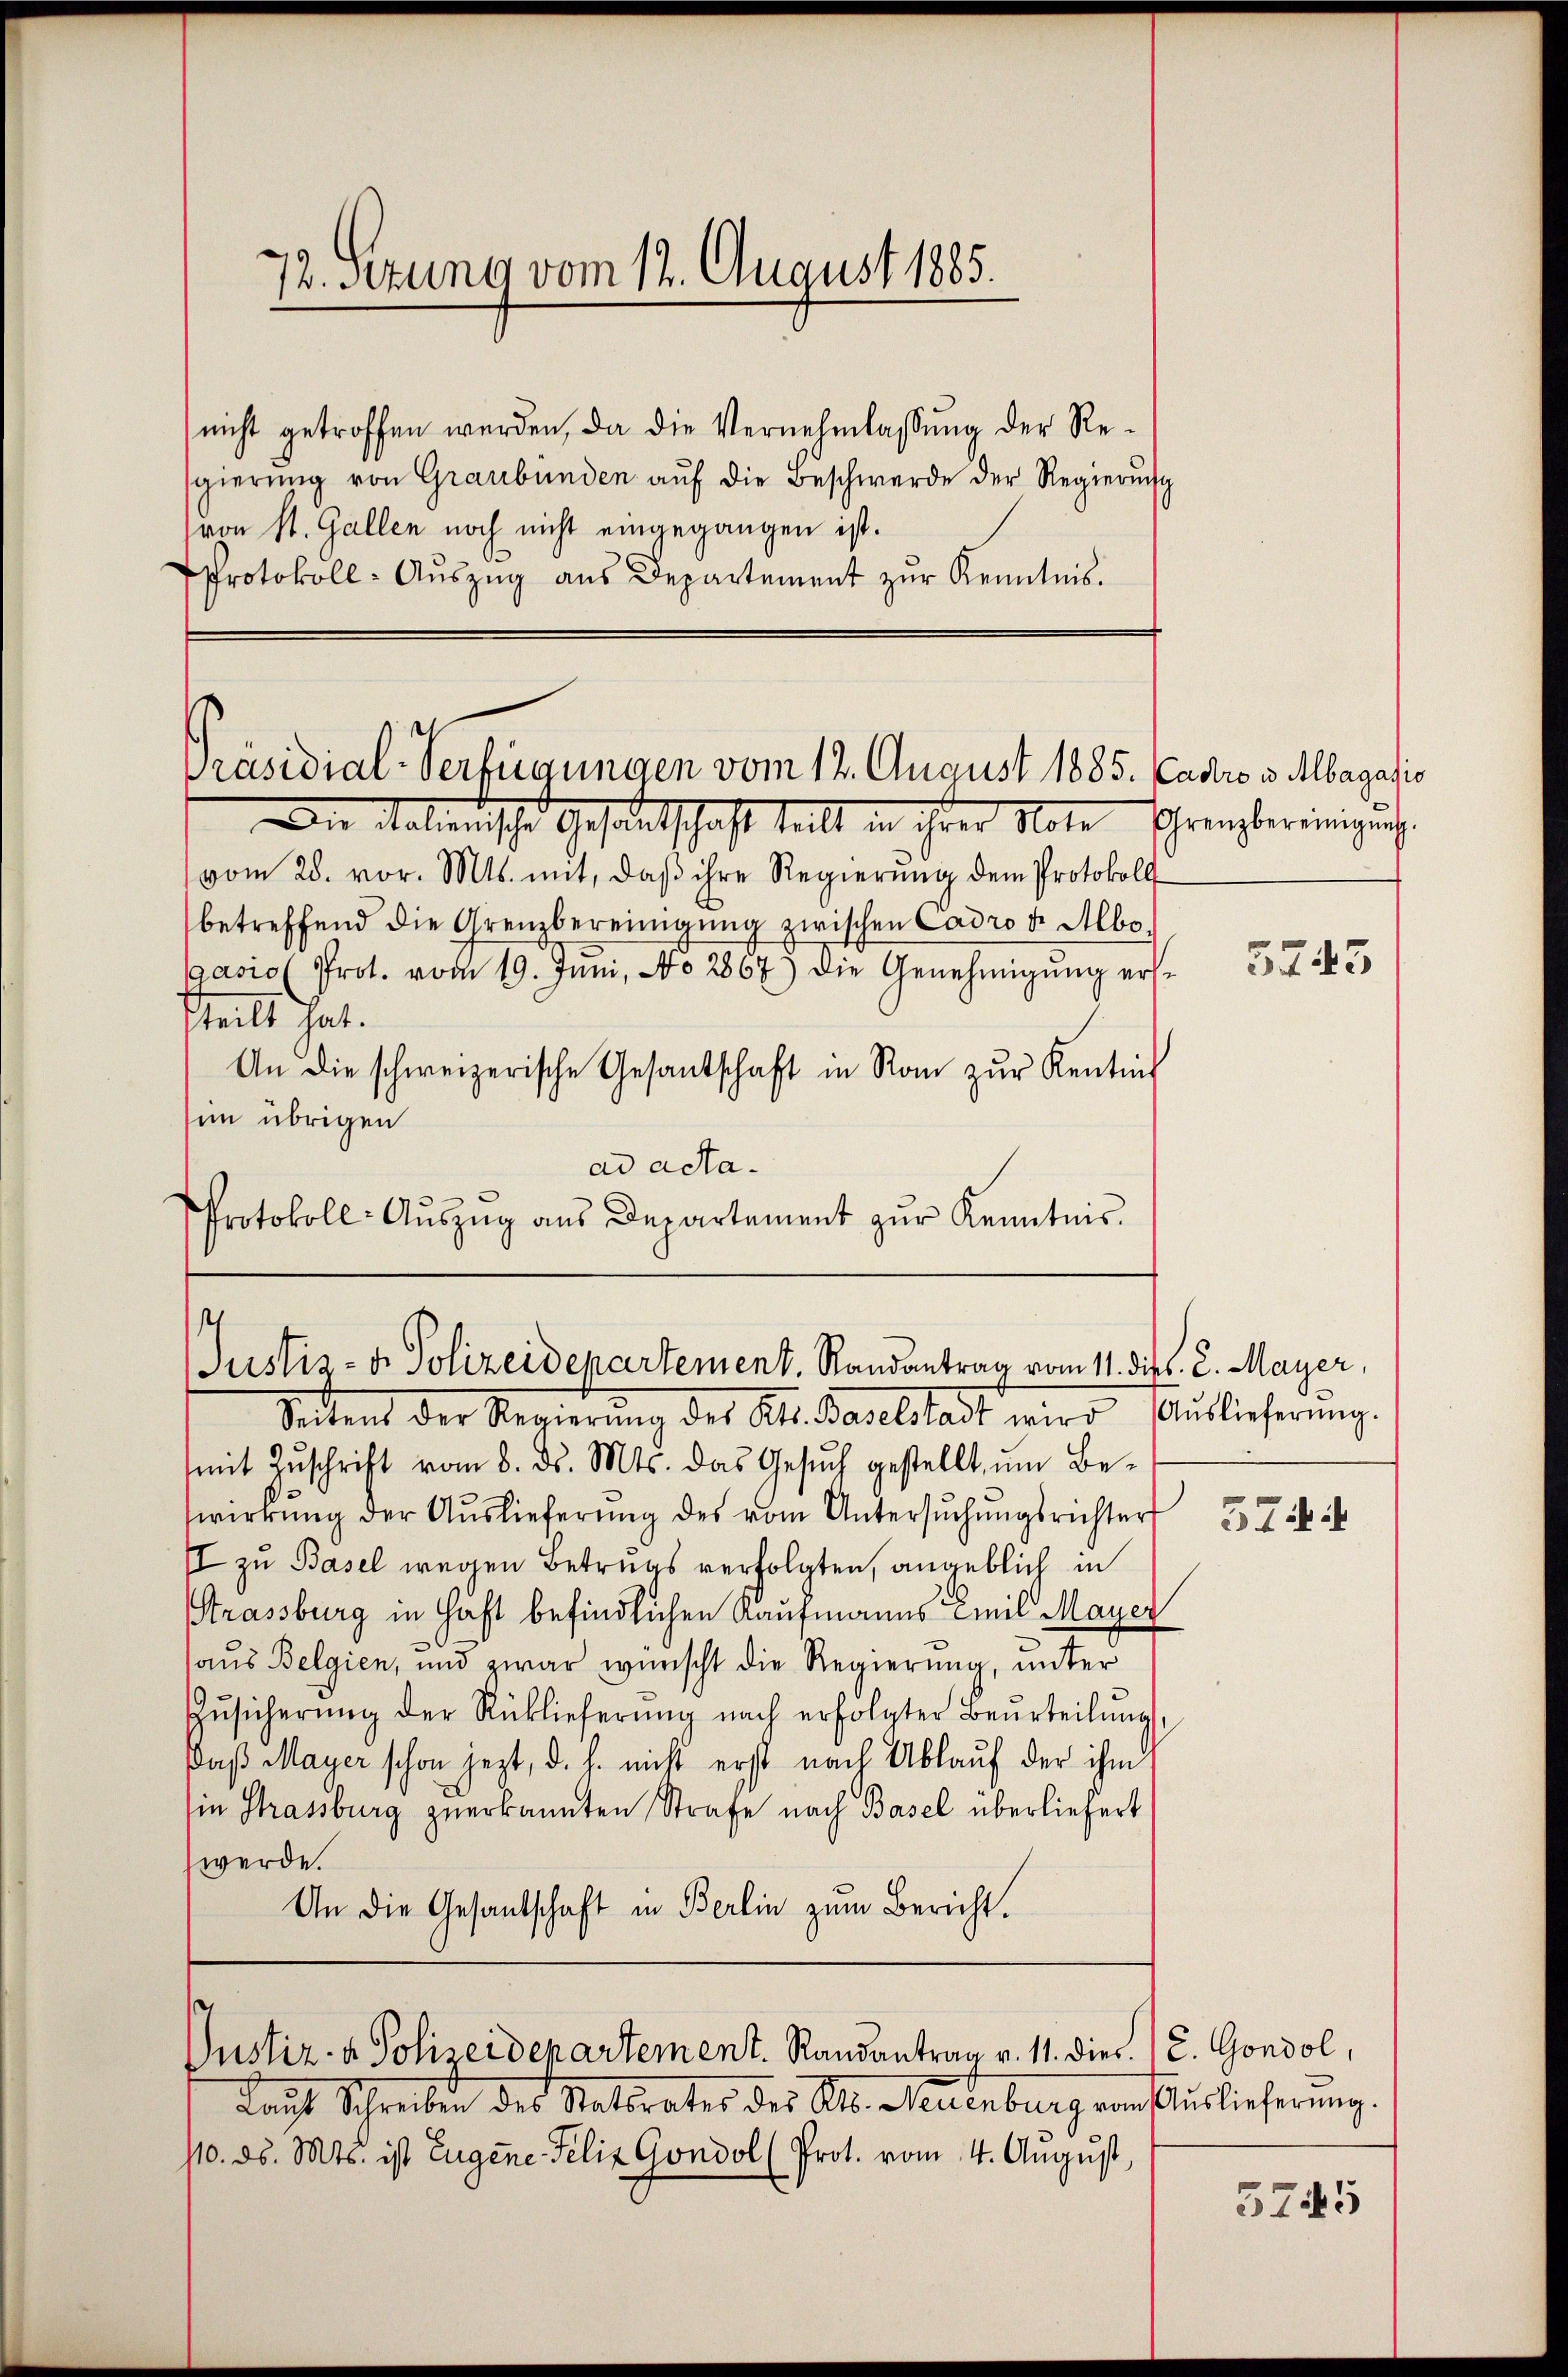
nicht getroffen werden, da die Vernehmlassung der Resgierŭng von Graubünden aŭf die Beschwerde der Regierŭng
(von St. Gallen noch nicht eingegangen ist.
Protokoll- Aŭszŭg aŭs Departement zŭr Kenntnis.

Präsidial-Verfügungen vom 12. August 1885. Cadro v. Mbagasio

Die Malerische Gesandtschaft teilt in ihrer Note
vom 28. vor. Mts. mit, daβ ihre Regierŭng dem Protokoll
betreffend die Grenzbereinigung zwischen Cadron. Abe
gasio Prot. vom 19. Juni, No 2867) die Genehmigŭng erst
steilt hat.
An die schweizerische Gesandschaft in Raŭ zŭr Kentnis
sim übrigen
ad acta.
Protokoll- Aŭszŭg aŭs Departement zŭr Kenntnis.

1
Justiz- & Polizeidepartement. Randantrag vom 11. dies. 2. Mayer,

Lauf Schreiben des Ratsrates des St. Leutenburg von Auslieferung.
10. ds. Mts. ist Eugene Felix Gondol (Prot. vom 4. August,

Settent der Regierung des Al. Baselstadt wird Auslieferung.
mit Zŭschrift vom 8. ds. Mts. das Gesŭch gestellt, ŭm Be-
wirkŭng der Aŭslieferŭng des vom Untersŭchŭngsrichter
II zu Basel wegen Betrugs verfolgten, angeblich in
Strassburg in Häft befindlichen Kaufmanns Emil Mayer
haus Belgien, und zwar wünscht die Regierŭng, unter
Zŭsicherŭng der Rücklieferŭng nach erfolgter Beurteilŭng,
Daß Mayer schon jezt, d. h. nicht erst nach Ablauf der ihm
in Strassburg zuerkannten Strafe nach Basel überliefert
werde.
An die Gesantschaft in Berlin zŭm Bericht.

72. Stung vom 12. August 1885.

Justiz- & Polizeidepartement. Randantrag v. 11. dies E. Gondol,

Grenzbereinigung.

5745

574

3245